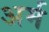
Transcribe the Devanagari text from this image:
अर्म